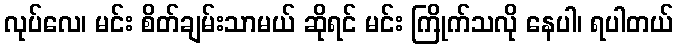
လုပ်လေ၊ မင်း စိတ်ချမ်းသာမယ် ဆိုရင် မင်း ကြိုက်သလို နေပါ၊ ရပါတယ်